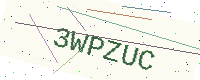
Text: 3WPZUC